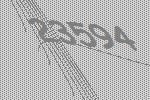
23594